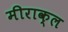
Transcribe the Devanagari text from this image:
मीराक्ल